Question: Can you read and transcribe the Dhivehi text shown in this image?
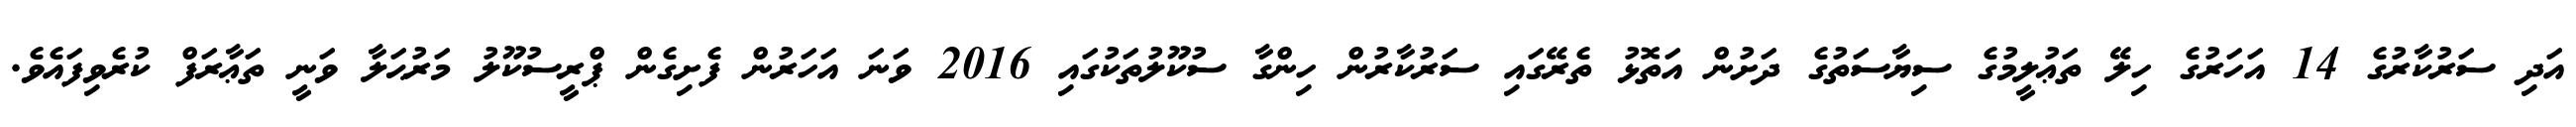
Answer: އަދި ސަރުކާރުގެ 14 އަހަރުގެ ހިލޭ ތަޢުލީމުގެ ސިޔާސަތުގެ ދަށުން އަތޮޅު ތެރޭގައި ސަރުކާރުން ހިންގާ ސުކޫލުތަކުގައި 2016 ވަނަ އަހަރުން ފެށިގެން ޕްރީސުކޫލު މަރުޙަލާ ވަނީ ތަޢާރަފް ކުރެވިފައެވެ.